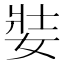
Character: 娤